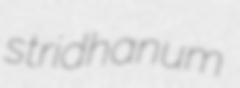
stridhanum